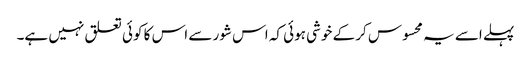
پہلے اسے یہ محسوس کر کے خوشی ہوئی کہ اس شور سے اس کا کوئی تعلق نہیں ہے۔